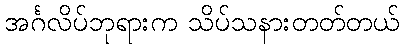
အင်္ဂလိပ်ဘုရားက သိပ်သနားတတ်တယ်